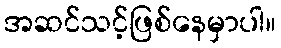
အဆင်သင့်ဖြစ်နေမှာပါ။